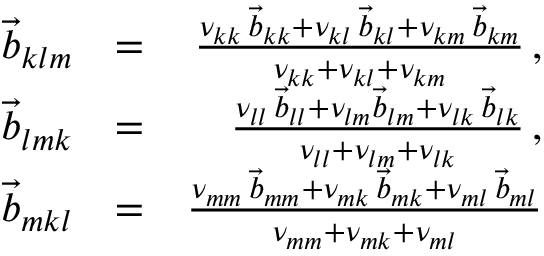
\begin{array} { r l r } { \vec { b } _ { k l m } } & { = } & { \frac { \nu _ { k k } \, \vec { b } _ { k k } + \nu _ { k l } \, \vec { b } _ { k l } + \nu _ { k m } \, \vec { b } _ { k m } } { \nu _ { k k } + \nu _ { k l } + \nu _ { k m } } \, , } \\ { \vec { b } _ { l m k } } & { = } & { \frac { \nu _ { l l } \, \vec { b } _ { l l } + \nu _ { l m } \vec { b } _ { l m } + \nu _ { l k } \, \vec { b } _ { l k } } { \nu _ { l l } + \nu _ { l m } + \nu _ { l k } } \, , } \\ { \vec { b } _ { m k l } } & { = } & { \frac { \nu _ { m m } \, \vec { b } _ { m m } + \nu _ { m k } \, \vec { b } _ { m k } + \nu _ { m l } \, \vec { b } _ { m l } } { \nu _ { m m } + \nu _ { m k } + \nu _ { m l } } } \end{array}